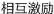
相互激励